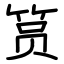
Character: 筼